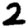
Digit: 2